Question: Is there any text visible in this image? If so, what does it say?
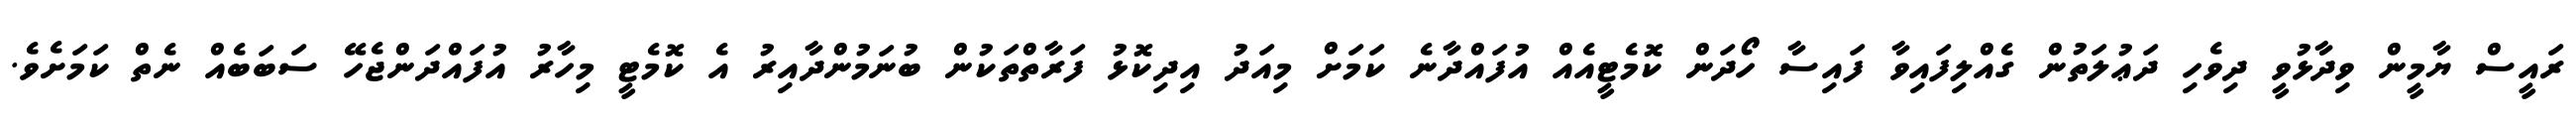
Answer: ރައީސް ޔާމީން ވިދާޅުވީ ދިވެހި ދަޢުލަތުން ގެއްލިފައިވާ ފައިސާ ހޯދަން ކޮމެޓީއެއް އުފައްދާނެ ކަމަށް މިއަދު އިދިކޮޅު ފަރާތްތަކުން ބުނަމުންދާއިރު އެ ކޮމެޓީ މިހާރު އުފައްދަންޖެހޭ ސަބަބެއް ނެތް ކަމަށެވެ.